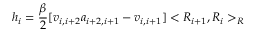
h _ { i } = \frac { \beta } { 2 } [ v _ { i , i + 2 } a _ { i + 2 , i + 1 } - v _ { i , i + 1 } ] < R _ { i + 1 } , R _ { i } > _ { R }